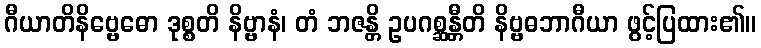
ဂီယာတိနိဗ္ဗေဓော ဒုစ္စတိ နိဗ္ဗာနံ၊ တံ ဘဇန္တိ ဥပဂစ္ဆန္တီတိ နိဗ္ဗဓဘာဂီယာ ဖွင့်ပြထား၏။